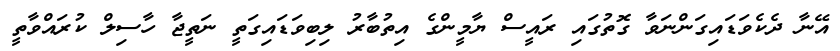
އޭނާ ދެކެވަޑައިގަންނަވާ ގޮތުގައި ރައީސް ޔާމީންގެ އިތުބާރު ލިބިވަޑައިގަތީ ނަތީޖާ ހާސިލް ކުރައްވާތީ